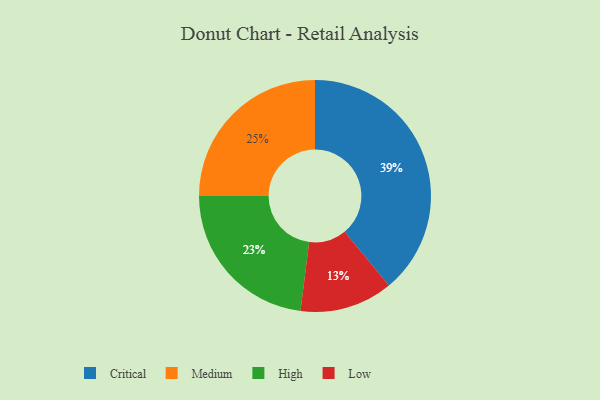
{"axis": {"x": "Category", "y": "Percentage"}, "legend": ["Critical", "High", "Low", "Medium"], "data": [{"x": "Medium", "y": 25, "type": "Medium"}, {"x": "Low", "y": 13, "type": "Low"}, {"x": "Critical", "y": 39, "type": "Critical"}, {"x": "High", "y": 23, "type": "High"}]}